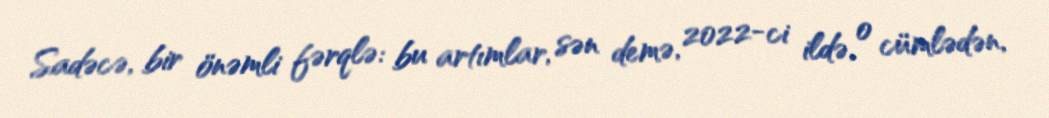
Sadəcə, bir önəmli fərqlə: bu artımlar, sən demə, 2022-ci ildə, o cümlədən,